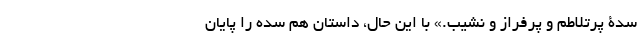
سدۀ پُر‌تلاطم و پُرفراز و نشیب.» با این حال، داستان هم سده را پایان